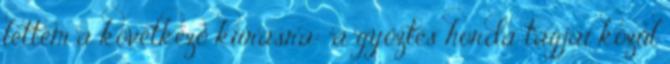
lettem a következő kiírásra: "a győztes horda tagjai közül